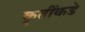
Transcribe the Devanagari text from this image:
कृतींकडे